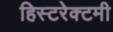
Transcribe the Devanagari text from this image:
हिस्टरेक्टमी